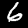
Digit: 6